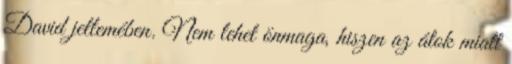
David jellemében. Nem lehet önmaga, hiszen az átok miatt